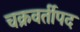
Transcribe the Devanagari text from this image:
चक्रवर्तीपद